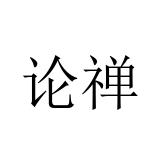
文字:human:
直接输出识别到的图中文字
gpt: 论禅